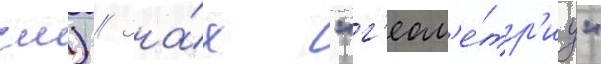
см) // Зна́я "г'еом'е́тр'иу"